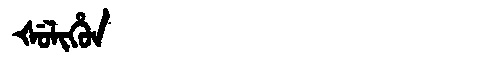
Manchu: ᡧᡠᠯᡳᡥᡠᠨ
Romanization: ŠULIHUN